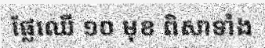
ផ្លែឈើ ១០ មុខ ពិសាទាំង